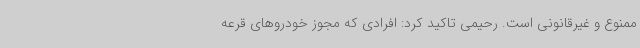
ممنوع و غیرقانونی است. رحیمی تاکید کرد: افرادی که مجوز خودروهای قرعه